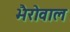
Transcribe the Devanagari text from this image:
भैरोवाल